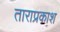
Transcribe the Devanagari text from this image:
ताराप्रकाश